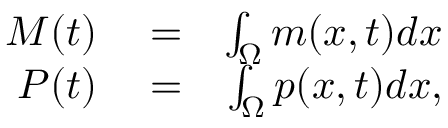
\begin{array} { r l r } { M ( t ) } & { { } = } & { \int _ { \Omega } m ( x , t ) d x } \\ { P ( t ) } & { { } = } & { \int _ { \Omega } p ( x , t ) d x , } \end{array}